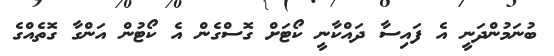
ބުނަމުންދަނީ އެ ފައިސާ ދައްކާނީ ކޯޓަށް ގޮސްގެން އެ ކޯޓުން އަންގާ ގޮތެއްގެ